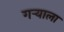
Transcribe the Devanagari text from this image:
गर्‍याला